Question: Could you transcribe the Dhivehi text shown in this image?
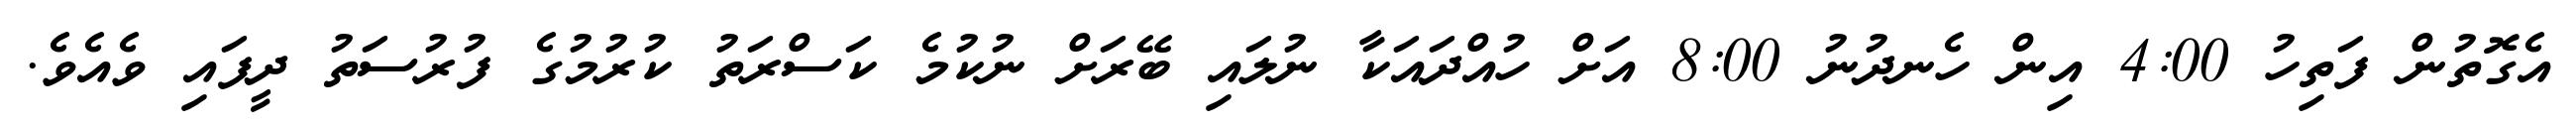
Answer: އެގޮތުން ފަތިހު 4:00 އިން ހެނދުނު 8:00 އަށް ހުއްދައަކާ ނުލައި ބޭރަށް ނުކުމެ ކަސްރަތު ކުރުމުގެ ފުރުސަތު ދީފައި ވެއެވެ.